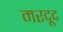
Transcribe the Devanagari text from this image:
मरदूद